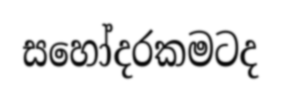
සහෝදරකමටද